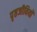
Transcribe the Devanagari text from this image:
पृष्ठजीवियों